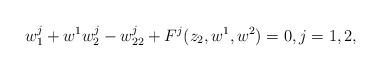
LaTeX: \begin{gather*}w^j_1+w^1w^j_2-w^j_{22}+F^j(z_2,w^1,w^2)=0,j=1,2,\end{gather*}